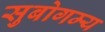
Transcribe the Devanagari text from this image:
सुबोगम्य